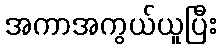
အကာအကွယ်ယူပြီး